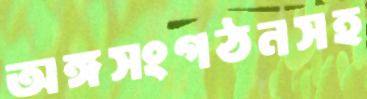
অঙ্গসংগঠনসহ